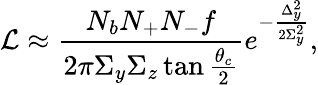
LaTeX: \mathcal{L}\approx\frac{N_{b}N_{+}N_{-}f}{2\pi\Sigma_{y}\Sigma_{z}\tan\frac{\theta_{c}}{2}}e^{-\frac{\Delta_{y}^{2}}{2\Sigma_{y}^{2}}},